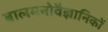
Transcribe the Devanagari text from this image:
बालमनोवैज्ञानिकों